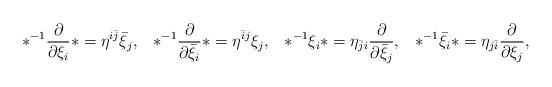
LaTeX: \begin{align*}*^{-1}\frac{\partial}{\partial \xi_i}*=\eta^{i\bar{j}}\bar{\xi}_j, && *^{-1}\frac{\partial}{\partial \bar{\xi}_i}*=\eta^{\bar{i}j}\xi_j, && *^{-1}\xi_i* =\eta_{\bar{j}i} \frac{\partial}{\partial \bar{\xi}_j}, && *^{-1}\bar{\xi}_i* =\eta_{j\bar{i}} \frac{\partial}{\partial \xi_j},\end{align*}